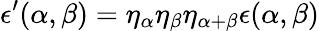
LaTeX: \epsilon^{\prime}(\alpha,\beta)=\eta_{\alpha}\eta_{\beta}\eta_{\alpha+\beta}\epsilon(\alpha,\beta)